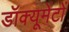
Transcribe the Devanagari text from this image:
डॉक्यूमेंटों